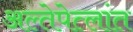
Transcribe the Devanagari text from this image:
अल्तेपेत्लांत